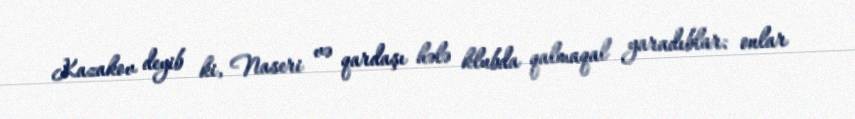
Kazakov deyib ki, Naseri və qardaşı hələ klubda qalmaqal yaradıblar: onlar